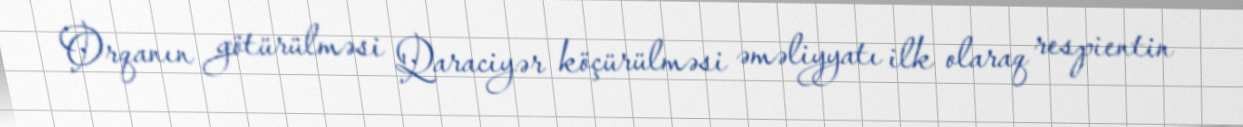
Orqanın götürülməsi Qaraciyər köçürülməsi əməliyyatı ilk olaraq respientin